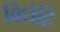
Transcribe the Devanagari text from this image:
विधेहि